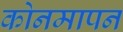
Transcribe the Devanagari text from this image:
कोनमापन